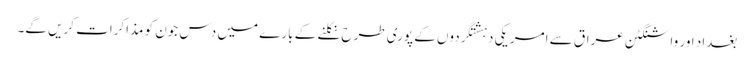
بغداد اور واشنگٹن عراق سے امریکی دہشتگردوں کے پوری طرح نکلنے کے بارے میں دس جون کو مذاکرات کریں گے۔